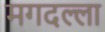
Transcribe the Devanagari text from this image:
मगदल्ला